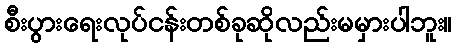
စီးပွားရေးလုပ်ငန်းတစ်ခုဆိုလည်းမမှားပါဘူး။